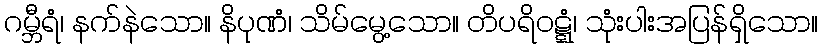
ဂမ္ဘီရံ၊ နက်နဲသော။ နိပုဏံ၊ သိမ်မွေ့သော။ တိပရိဝဋ္ဋံ၊ သုံးပါးအပြန်ရှိသော။